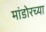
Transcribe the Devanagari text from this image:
मांडोरच्या